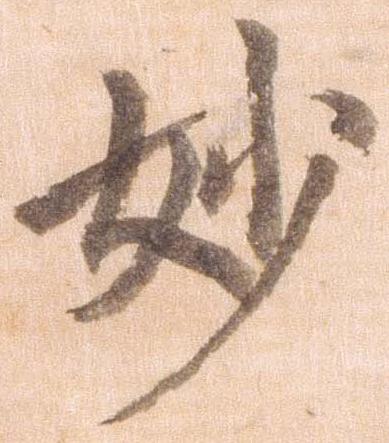
妙